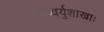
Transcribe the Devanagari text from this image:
अध्वर्युशाखाः